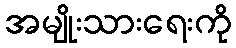
အမျိုးသားရေးကို